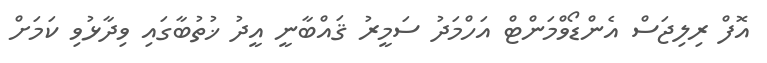
އޮފް ރިލިޖަސް އެންޑޯވްމަންޓް އަހްމަދު ސަމީރު ޤައްބާނީ އީދު ޚުތުބާގައި ވިދާޅުވި ކަމަށް